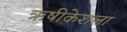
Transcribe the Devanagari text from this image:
ऋषीकेशला